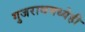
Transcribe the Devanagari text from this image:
गुजराथमध्येही